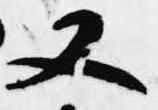
又